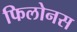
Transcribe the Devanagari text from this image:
फिलोनस